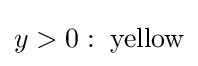
y>0:\;{\text{yellow}}